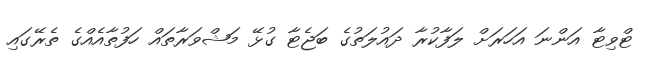
ޓްވިޓާ އަންނަ އަހަރަށް ލަފާކުރާ ދައުލަތުގެ ބަޖެޓާ ގުޅޭ މަޝްވަރާތައް ހަފުތާއެއްގެ ތެރޭގައި